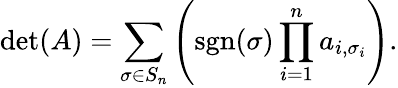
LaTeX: \operatorname*{det}(A)=\sum_{\sigma\in S_{n}}\left(\operatorname{sgn}(\sigma)\prod_{i=1}^{n}a_{i,\sigma_{i}}\right).